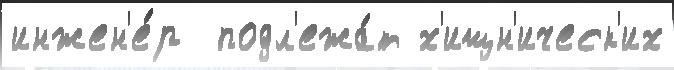
инжен'е́р  подл'ежа́т х'ищн'ическ'их